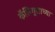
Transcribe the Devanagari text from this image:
कॅलिगुलाच्या